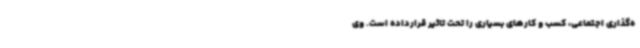
ه‌گذاری اجتماعی، کسب و کارهای بسیاری را تحت تاثیر قرارداده است. وی